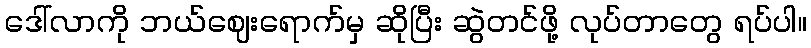
ဒေါ်လာကို ဘယ်ဈေးရောက်မှ ဆိုပြီး ဆွဲတင်ဖို့ လုပ်တာတွေ ရပ်ပါ။